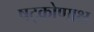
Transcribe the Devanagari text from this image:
षट्कोणाक्ष